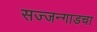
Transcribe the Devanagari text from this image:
सज्जन्गाडचा